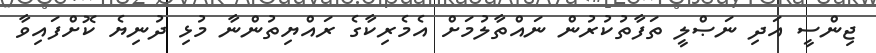
ޖިންސީ އަދި ނަޞްލީ ތަފާތުކުރުން ނައްތާލުމަށް އެމެރިކާގެ ރައްޔިތުންނާ މުޅި ދުނިޔެ ކޮށްފައިވާ